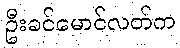
ဦးခင်မောင်လတ်က